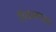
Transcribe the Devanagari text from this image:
मिळावयास